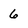
Character: 6